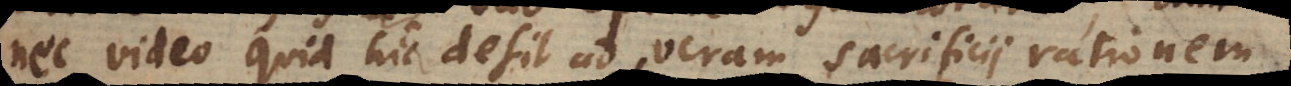
nec video quid hic desit ad veram sacrificii rationem